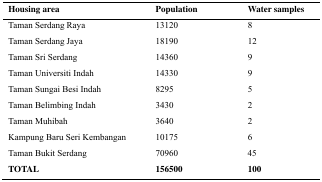
| Housing area | Population | Water samples |
 | --- | --- | --- |
 | Taman Serdang Raya | 13120 | 8 |
 | Taman Serdang Jaya | 18190 | 12 |
 | Taman Sri Serdang | 14360 | 9 |
 | Taman Universiti Indah | 14330 | 9 |
 | Taman Sungai Besi Indah | 8295 | 5 |
 | Taman Belimbing Indah | 3430 | 2 |
 | Taman Muhibah | 3640 | 2 |
 | Kampung Baru Seri Kembangan | 10175 | 6 |
 | Taman Bukit Serdang | 70960 | 45 |
 | TOTAL | 156500 | 100 |